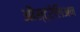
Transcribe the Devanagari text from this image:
औस्ट्रेलिअन